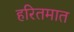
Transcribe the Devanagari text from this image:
हरितमात